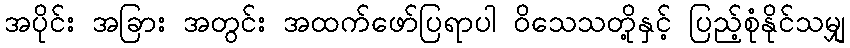
အပိုင်း အခြား အတွင်း အထက်ဖော်ပြရာပါ ဝိသေသတို့နှင့် ပြည့်စုံနိုင်သမျှ